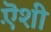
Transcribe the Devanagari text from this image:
ऎंशी